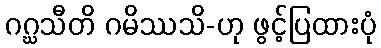
ဂဂ္ဃသီတိ ဂမိဿသိ-ဟု ဖွင့်ပြထားပုံ